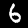
Label: 6